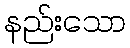
နည်းသော